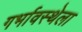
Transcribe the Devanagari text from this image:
गर्भावस्थेला